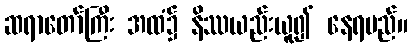
ဆရာတော်ကြီး အထံ၌ နိဿယည်းယူ၍ နေရမည်။